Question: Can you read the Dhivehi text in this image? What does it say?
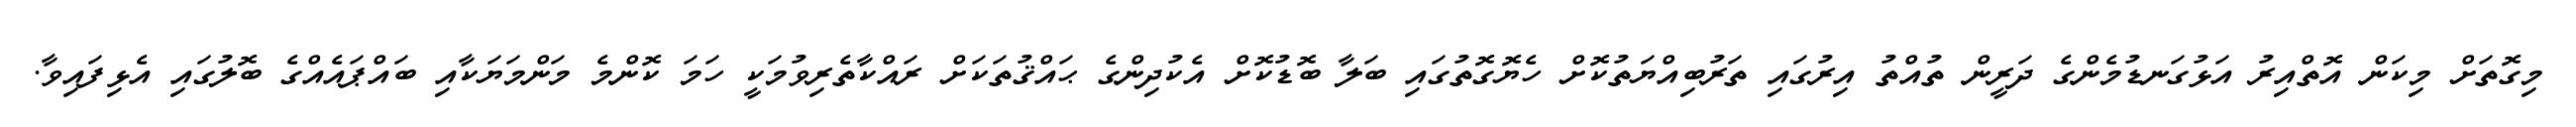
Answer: މިގޮތަށް މިކަން އޮތްއިރު އަޅުގަނޑުމެންގެ ދަރީން ތުއްތު އިރުގައި ތަރުބިއްޔަތުކޮށް ހެޔޮގޮތުގައި ބަލާ ބޮޑުކޮށް އެކުދިންގެ ޙައްޤުތަކަށް ރައްކާތެރިވުމަކީ ހަމަ ކޮންމެ މަންމަޔަކާއި ބައްޕައެއްގެ ބޮލުގައި އެޅިފައިވާ.